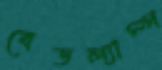
বেডল্যাম্প